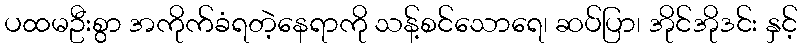
ပထမဦးစွာ အကိုက်ခံရတဲ့နေရာကို သန့်စင်သောရေ၊ ဆပ်ပြာ၊ အိုင်အိုဒင်း နှင့်